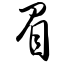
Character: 眉